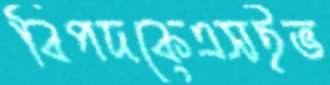
বিপদকেএসইভ